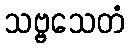
သဗ္ဗသေတံ